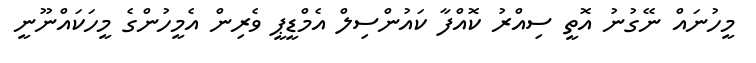
މީހުނައް ނޭގުނު އޮތީ ސިއްރު ކޮއްފާ ކައުންސިލް އެމްޑީޕީ ވެރިން އެމީހުންގެ މީހަކައްނޫނީ